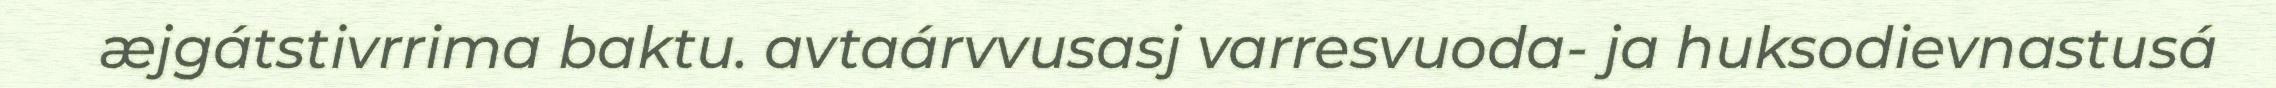
æjgátstivrrima baktu. avtaárvvusasj varresvuoda- ja huksodievnastusá